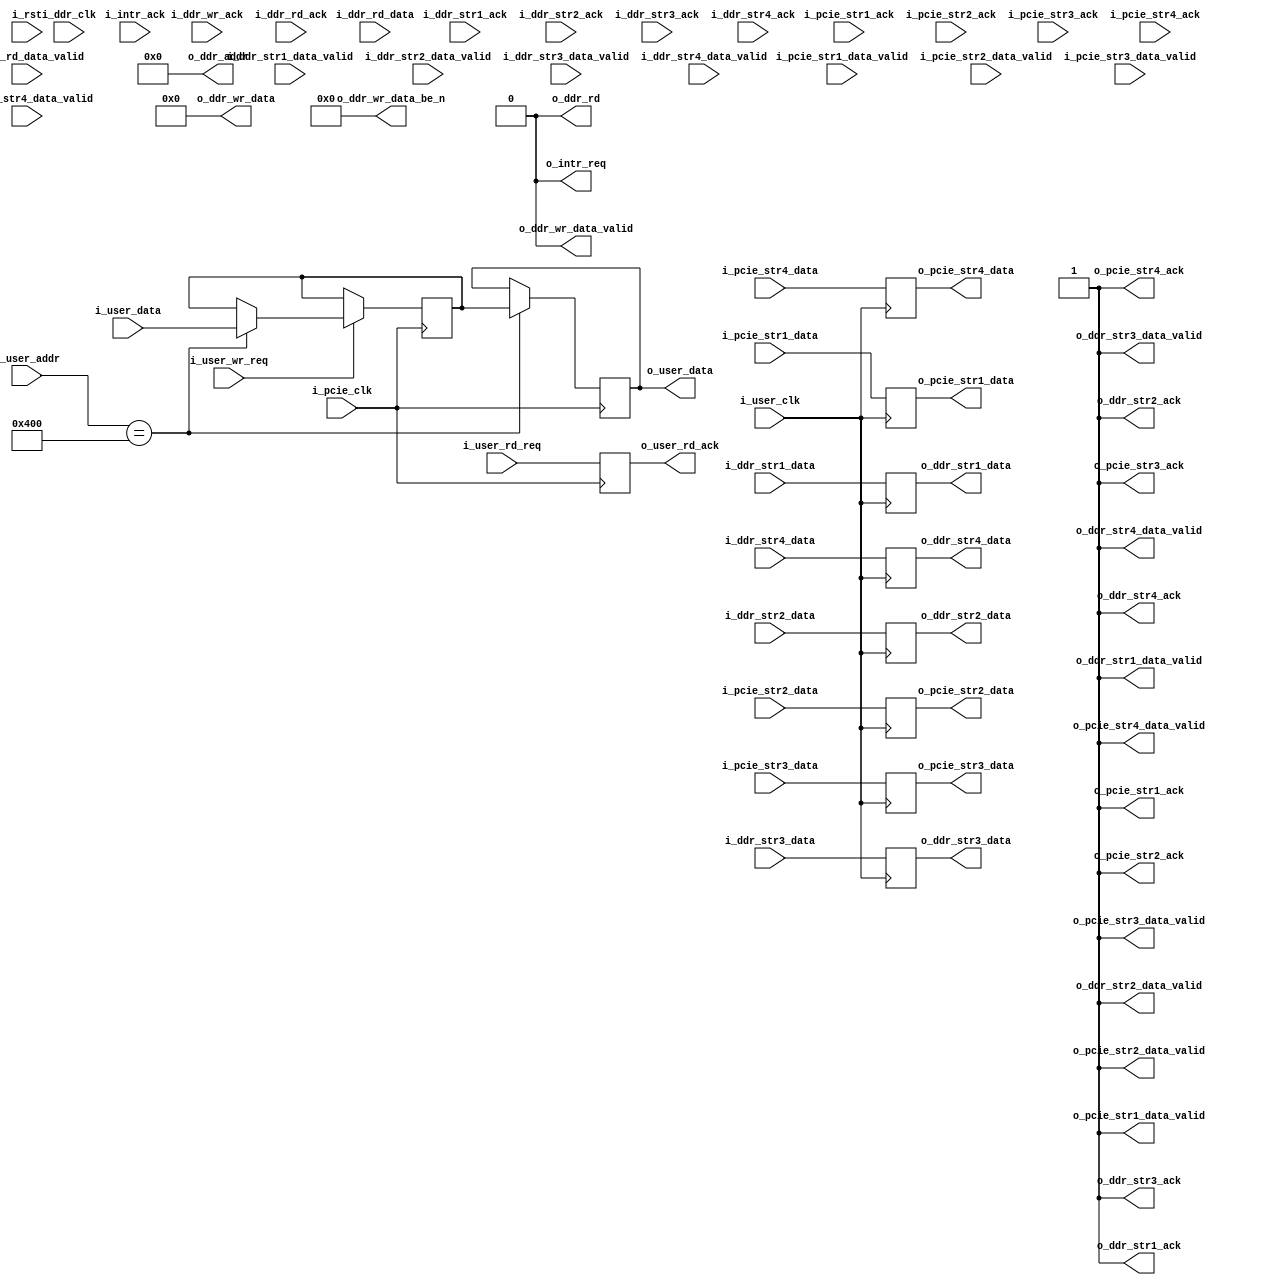
//--------------------------------------------------------------------------------
// Project    : SWITCH
// Version    : 0.1
//
// Description: A dummy user logic for testing purpose
//--------------------------------------------------------------------------------

module user_logic(
    input              i_pcie_clk, //250Mhz
    input              i_ddr_clk,  //200Mhz
    input              i_user_clk,  //configurable
    input              i_rst,
    //reg i/f 
    input    [31:0]    i_user_data,
    input    [19:0]    i_user_addr,
    input              i_user_wr_req,
    output  reg [31:0] o_user_data,
    output  reg        o_user_rd_ack,
    input              i_user_rd_req, 
    //ddr i/f
    output   [255:0]   o_ddr_wr_data,
    output   [31:0]    o_ddr_wr_data_be_n,
    output             o_ddr_wr_data_valid,
    output   [26:0]    o_ddr_addr,
    output             o_ddr_rd,
    input    [255:0]   i_ddr_rd_data,
    input              i_ddr_rd_data_valid,
    input              i_ddr_wr_ack,
    input              i_ddr_rd_ack,
    //ddr strm 1
    input              i_ddr_str1_data_valid,
    output             o_ddr_str1_ack,
    input    [63:0]    i_ddr_str1_data,
    output             o_ddr_str1_data_valid,
    input              i_ddr_str1_ack,
    output   reg [63:0]o_ddr_str1_data,
    //ddr strm 2
    input              i_ddr_str2_data_valid,
    output             o_ddr_str2_ack,
    input    [63:0]    i_ddr_str2_data,
    output             o_ddr_str2_data_valid,
    input              i_ddr_str2_ack,
    output   reg [63:0]o_ddr_str2_data,
    //ddr strm 3
    input              i_ddr_str3_data_valid,
    output             o_ddr_str3_ack,
    input    [63:0]    i_ddr_str3_data,
    output             o_ddr_str3_data_valid,
    input              i_ddr_str3_ack,
    output   reg [63:0]o_ddr_str3_data,	 
    //ddr strm 4
    input              i_ddr_str4_data_valid,
    output             o_ddr_str4_ack,
    input    [63:0]    i_ddr_str4_data,
    output             o_ddr_str4_data_valid,
    input              i_ddr_str4_ack,
    output   reg [63:0]o_ddr_str4_data,
    //stream i/f 1
    input              i_pcie_str1_data_valid,
    output             o_pcie_str1_ack,
    input    [63:0]    i_pcie_str1_data,
    output             o_pcie_str1_data_valid,
    input              i_pcie_str1_ack,
    output   reg [63:0]o_pcie_str1_data,
    //stream i/f 2       
    input              i_pcie_str2_data_valid,
    output             o_pcie_str2_ack,
    input    [63:0]    i_pcie_str2_data,
    output             o_pcie_str2_data_valid,
    input              i_pcie_str2_ack,
    output   reg [63:0]o_pcie_str2_data,
    //stream i/f 3
    input              i_pcie_str3_data_valid,
    output             o_pcie_str3_ack,
    input    [63:0]    i_pcie_str3_data,
    output             o_pcie_str3_data_valid,
    input              i_pcie_str3_ack,
    output   reg [63:0]o_pcie_str3_data,
    //stream i/f 4
    input              i_pcie_str4_data_valid,
    output             o_pcie_str4_ack,
    input    [63:0]    i_pcie_str4_data,
    output             o_pcie_str4_data_valid,
    input              i_pcie_str4_ack,
    output   reg [63:0]o_pcie_str4_data,
    //interrupt if
    output             o_intr_req,
    input              i_intr_ack
);

reg [31:0] user_control;
assign o_intr_req             = 1'b0;
assign o_ddr_wr_data          = 0;
assign o_ddr_wr_data_be_n     = 0;
assign o_ddr_wr_data_valid    = 0;
assign o_ddr_addr             = 0;
assign o_ddr_rd               = 0;
assign o_ddr_str1_ack         = 1'b1;
assign o_ddr_str2_ack         = 1'b1;
assign o_ddr_str3_ack         = 1'b1;
assign o_ddr_str4_ack         = 1'b1;
assign o_pcie_str1_ack        = 1'b1;
assign o_pcie_str2_ack        = 1'b1;
assign o_pcie_str3_ack        = 1'b1;
assign o_pcie_str4_ack        = 1'b1;
assign o_pcie_str1_data_valid = 1'b1;
assign o_pcie_str2_data_valid = 1'b1;
assign o_pcie_str3_data_valid = 1'b1;
assign o_pcie_str4_data_valid = 1'b1;
assign o_ddr_str1_data_valid  = 1'b1;
assign o_ddr_str2_data_valid  = 1'b1;
assign o_ddr_str3_data_valid  = 1'b1;
assign o_ddr_str4_data_valid  = 1'b1;

always @(posedge i_user_clk)
begin
    o_pcie_str1_data       <= i_pcie_str1_data;
    o_pcie_str2_data       <= i_pcie_str2_data;
    o_pcie_str3_data       <= i_pcie_str3_data;
    o_pcie_str4_data       <= i_pcie_str4_data;
    o_ddr_str1_data        <= i_ddr_str1_data;
    o_ddr_str2_data        <= i_ddr_str2_data;
    o_ddr_str3_data        <= i_ddr_str3_data;
    o_ddr_str4_data        <= i_ddr_str4_data;
end

//User register write
always @(posedge i_pcie_clk)
begin
    if(i_user_wr_req)
    begin
        case(i_user_addr)
          'h400:begin
              user_control <= i_user_data;  
          end
        endcase
    end
end

//User register read
always @(posedge i_pcie_clk)
begin
   case(i_user_addr)
     'h400:begin
         o_user_data <= user_control;
     end
   endcase
   o_user_rd_ack  <= i_user_rd_req;
end

endmodule